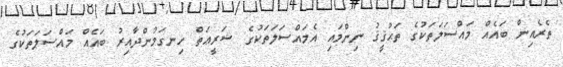
ތެރެއިން ބައެއް މައްސަލަތަކުގެ ތަޙުޤީޤު ނިންމައި އެމައްސަލަތަކުގެ ޝަރީޢަތް ހިނގަމުންދާއިރު ބައެއް މައްސަލަތަކުގެ